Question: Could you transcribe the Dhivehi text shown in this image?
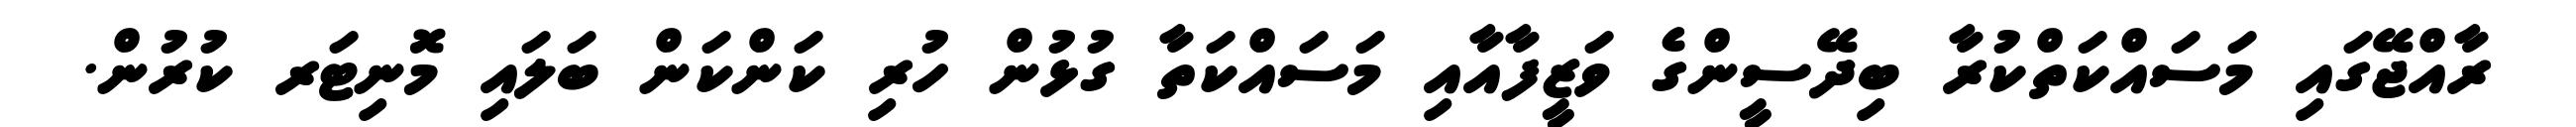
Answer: ރާއްޖޭގައި މަސައްކަތްކުރާ ބިދޭސީންގެ ވަޒީފާއާއި މަސައްކަތާ ގުޅުން ހުރި ކަންކަން ބަލައި މޮނިޓަރ ކުރުން.